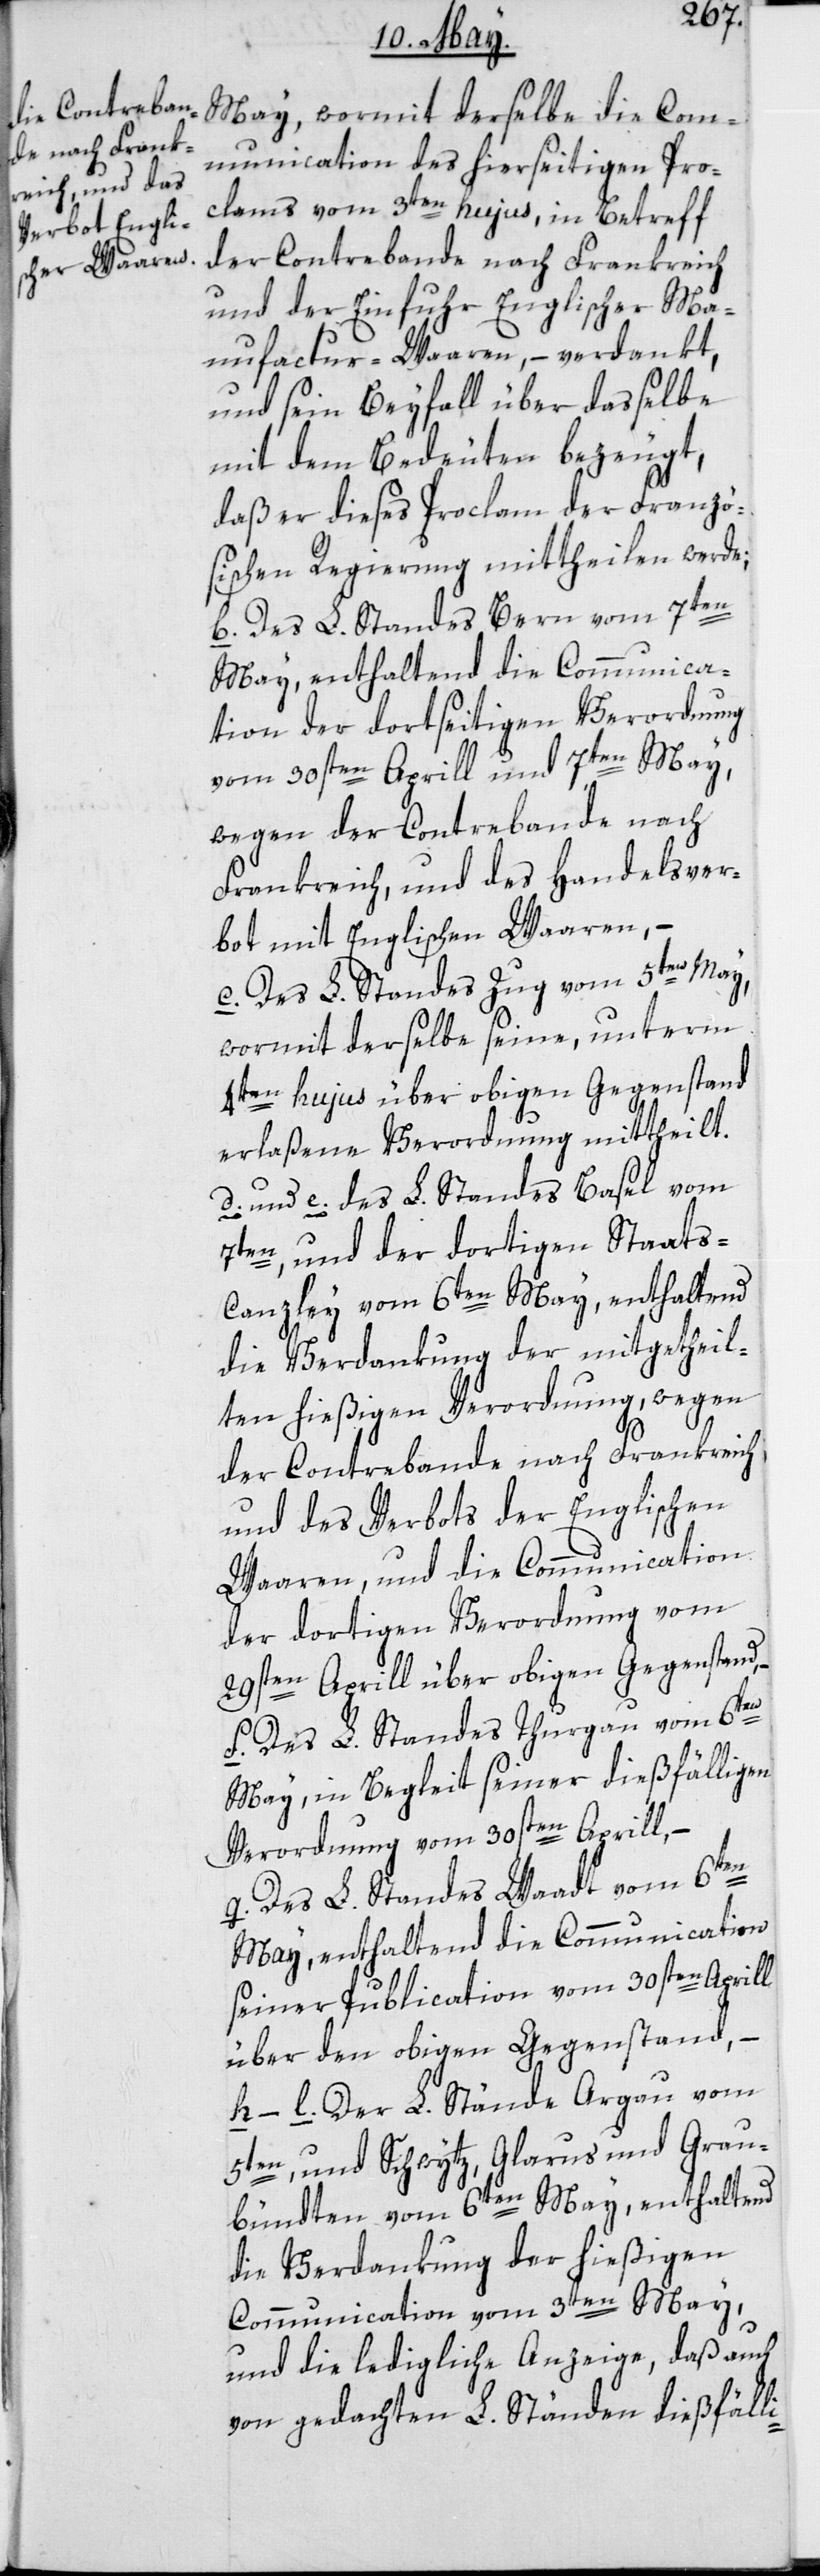
Communication des hierseitigen Pro¬
clams vom 3ten hujus, in Betreff
der Contrebande nach Frankreich
und der Einfuhr Englischer Ma¬
nufactur-Waaren, – verdankt,
und sein Beyfall über dasselbe
mit dem Bedeuten bezeugt,
daß er dieses Proclam der Franzö¬
sischen Regierung mittheilen werde.
b) Des L. Standes Bern vom 7ten
May, enthaltend die Communica¬
tion der dortseitigen Verordnung
vom 30sten Aprill und 7ten May,
wegen der Contrebande nach
Frankreich, und des Handelsver¬
bot mit Englischen Waaren, –
c) Des L. Standes Zug vom 5ten May,
wormit derselbe seine, unterm
4ten hujus über obigen Gegenstand
erlaßene Verordnung mittheilt.
d) und e) Des L. Standes Basel vom
7ten und der dortigen Staats¬
canzley vom 6ten May, enthaltend
die Verdankung der mitgetheil¬
ten hießigen Verordnung, wegen
der Contrebande nach Frankreich
und des Verbots der Englischen
Waaren; und die Communication
der dortigen Verordnung vom
29sten Aprill über obigen Gegenstand.
f) Des L. Standes Thurgau vom 6ten
May, in Begleit seiner dießfälligen
Verordnung vom 30sten Aprill,
g) Des L. Standes Waadt vom 6ten
May, enthaltend die Communication
seiner Publication vom 30sten Aprill
über den obigen Gegenstand, –
bis l) Der L. Stände Argau vom
5ten, und Schwytz, Glarus und Grau¬
bündten vom 6ten May, enthaltend
die Verdankung der hießigen
Communication vom 3ten May,
und die ledigliche Anzeige, daß auch
von gedachten L. Ständen dießfälli-